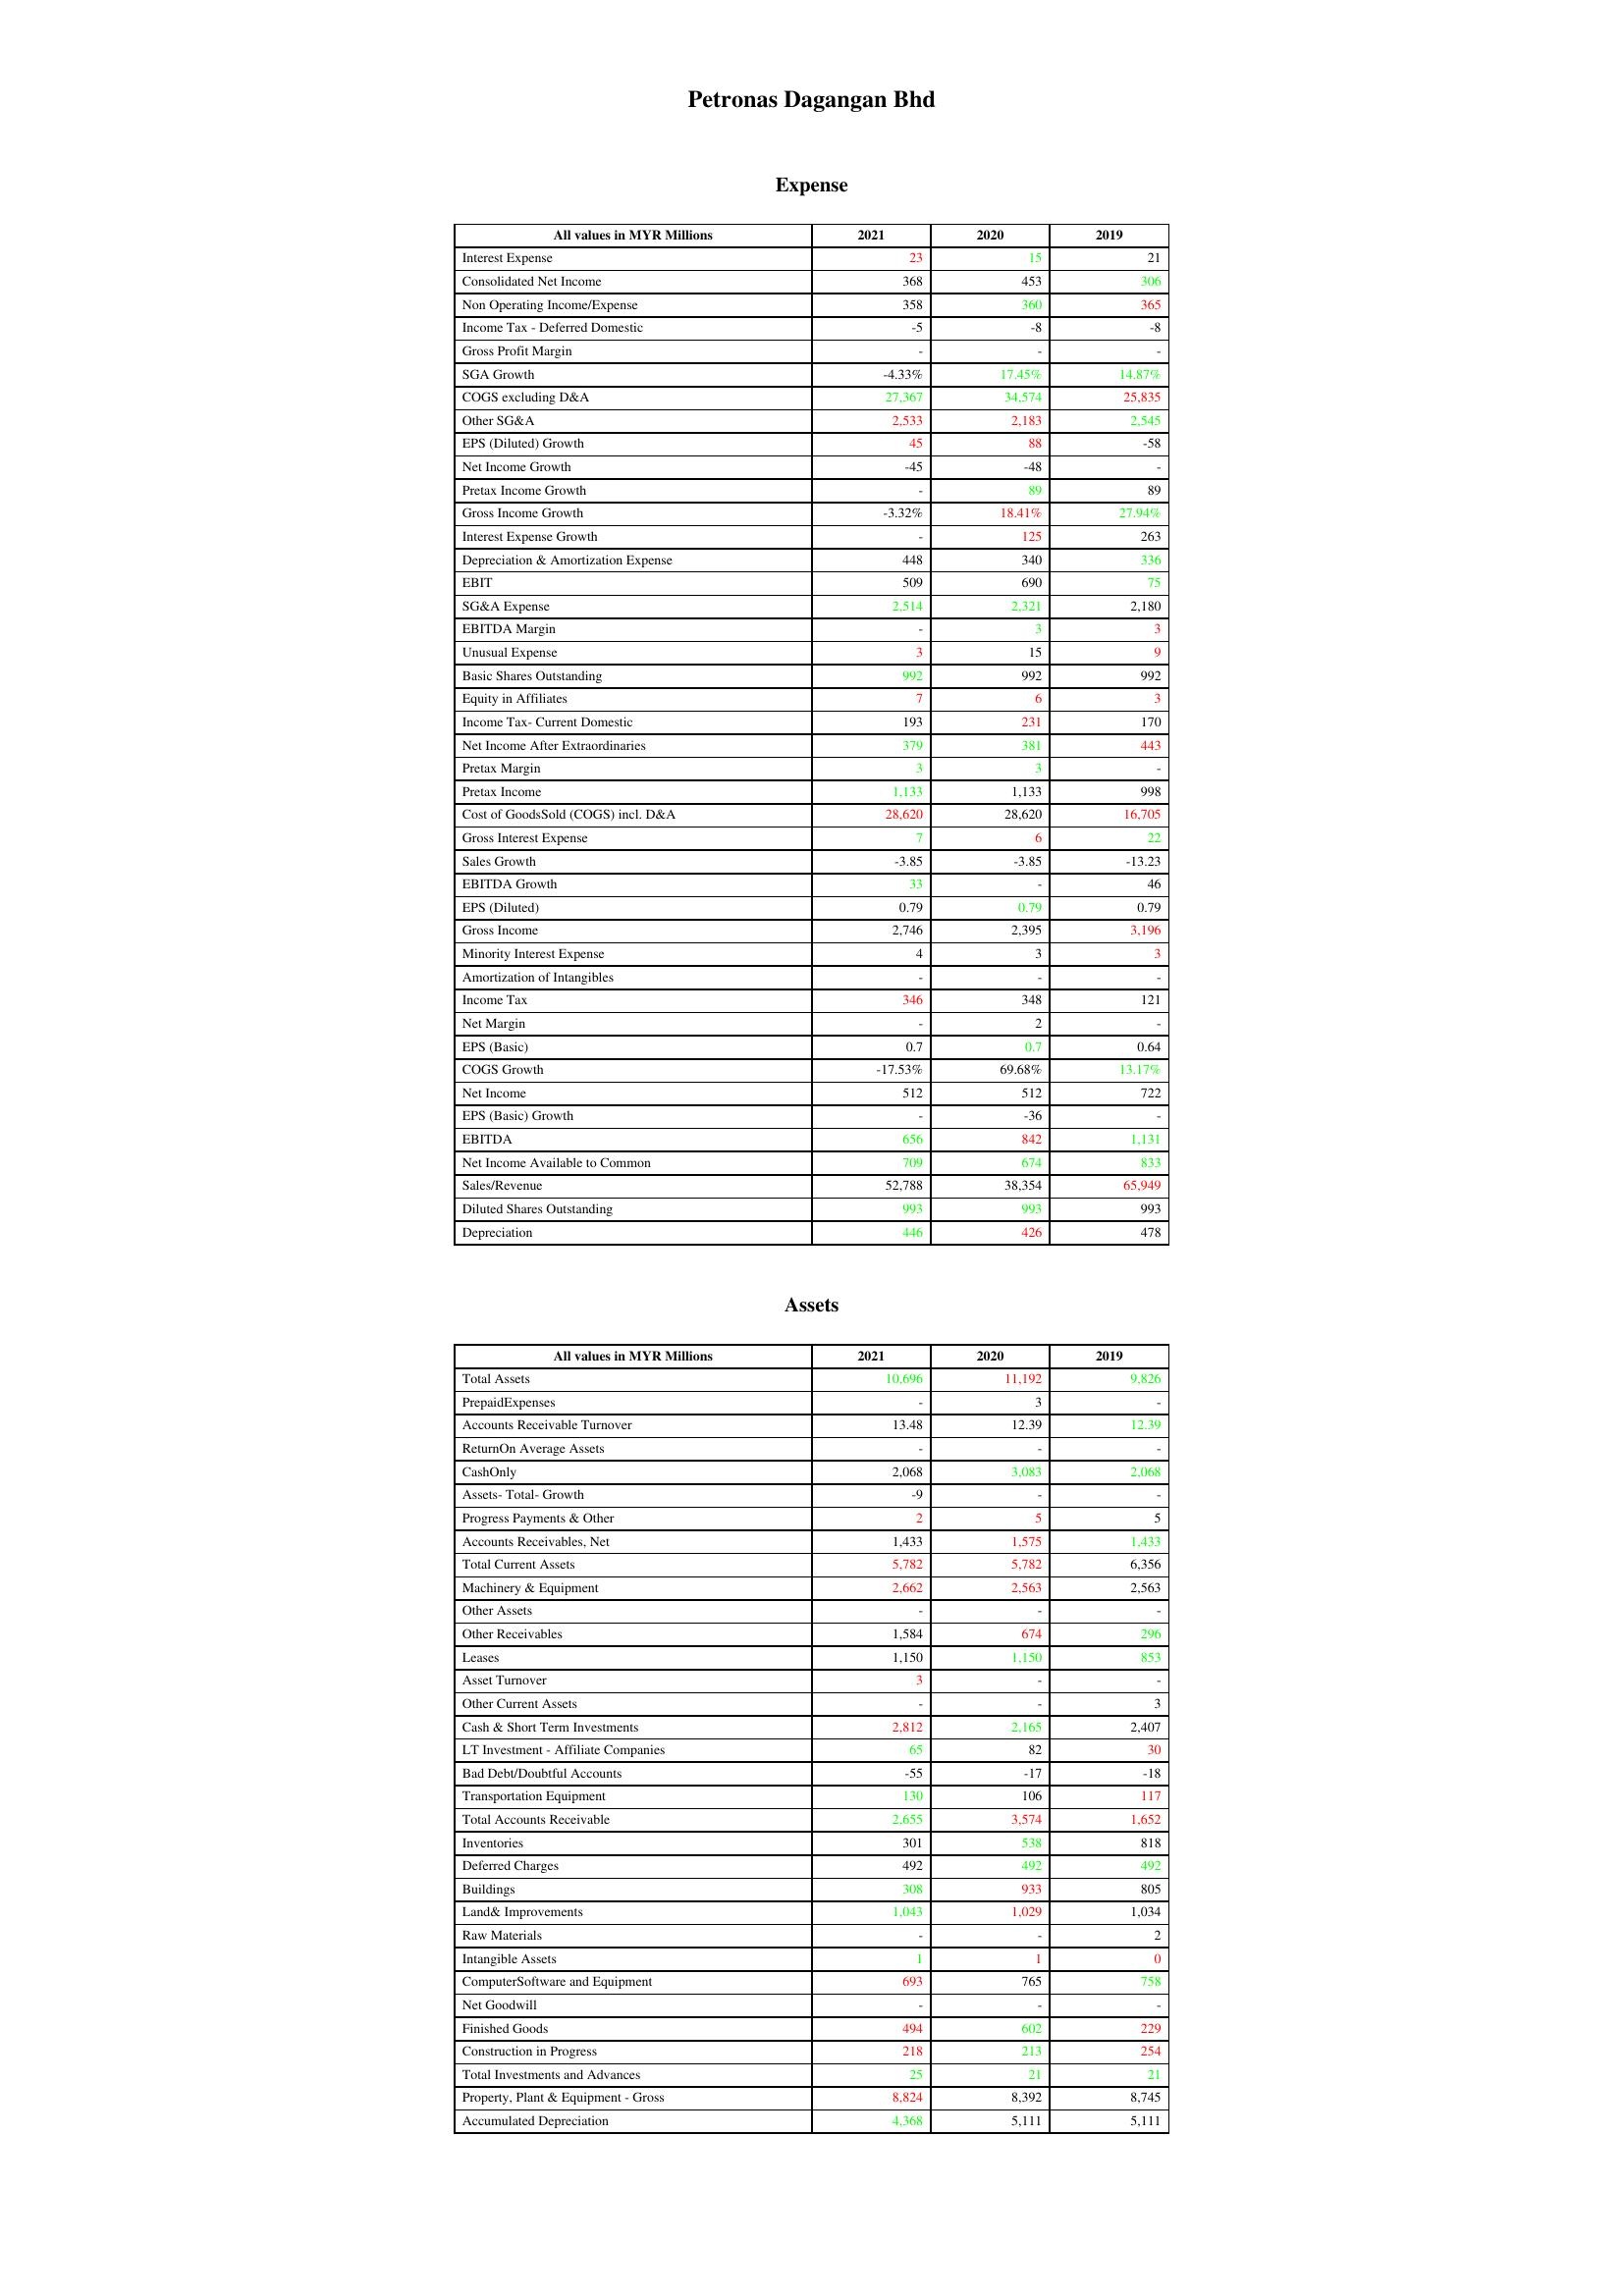
gt_parse: 2021: Expense: Interest Expense: 23
Consolidated Net Income: 368
Non Operating Income/Expense: 358
Income Tax - Deferred Domestic: -5
Gross Profit Margin: -
SGA Growth: -4.33%
COGS excluding D&A: 27,367
Other SG&A: 2,533
EPS (Diluted) Growth: 45
Net Income Growth: -45
Pretax Income Growth: -
Gross Income Growth: -3.32%
Interest Expense Growth: -
Depreciation & Amortization Expense: 448
EBIT: 509
SG&A Expense: 2,514
EBITDA Margin: -
Unusual Expense: 3
Basic Shares Outstanding: 992
Equity in Affiliates: 7
Income Tax- Current Domestic: 193
Net Income After Extraordinaries: 379
Pretax Margin: 3
Pretax Income: 1,133
Cost of GoodsSold (COGS) incl. D&A: 28,620
Gross Interest Expense: 7
Sales Growth: -3.85
EBITDA Growth: 33
EPS (Diluted): 0.79
Gross Income: 2,746
Minority Interest Expense: 4
Amortization of Intangibles: -
Income Tax: 346
Net Margin: -
EPS (Basic): 0.7
COGS Growth: -17.53%
Net Income: 512
EPS (Basic) Growth: -
EBITDA: 656
Net Income Available to Common: 709
Sales/Revenue: 52,788
Diluted Shares Outstanding: 993
Depreciation: 446
Assets: Total Assets: 10,696
PrepaidExpenses: -
Accounts Receivable Turnover: 13.48
ReturnOn Average Assets: -
CashOnly: 2,068
Assets- Total- Growth: -9
Progress Payments & Other: 2
Accounts Receivables, Net: 1,433
Total Current Assets: 5,782
Machinery & Equipment: 2,662
Other Assets: -
Other Receivables: 1,584
Leases: 1,150
Asset Turnover: 3
Other Current Assets: -
Cash & Short Term Investments: 2,812
LT Investment - Affiliate Companies: 65
Bad Debt/Doubtful Accounts: -55
Transportation Equipment: 130
Total Accounts Receivable: 2,655
Inventories: 301
Deferred Charges: 492
Buildings: 308
Land& Improvements: 1,043
Raw Materials: -
Intangible Assets: 1
ComputerSoftware and Equipment: 693
Net Goodwill: -
Finished Goods: 494
Construction in Progress: 218
Total Investments and Advances: 25
Property, Plant & Equipment - Gross : 8,824
Accumulated Depreciation: 4,368
2020: Expense: Interest Expense: 15
Consolidated Net Income: 453
Non Operating Income/Expense: 360
Income Tax - Deferred Domestic: -8
Gross Profit Margin: -
SGA Growth: 17.45%
COGS excluding D&A: 34,574
Other SG&A: 2,183
EPS (Diluted) Growth: 88
Net Income Growth: -48
Pretax Income Growth: 89
Gross Income Growth: 18.41%
Interest Expense Growth: 125
Depreciation & Amortization Expense: 340
EBIT: 690
SG&A Expense: 2,321
EBITDA Margin: 3
Unusual Expense: 15
Basic Shares Outstanding: 992
Equity in Affiliates: 6
Income Tax- Current Domestic: 231
Net Income After Extraordinaries: 381
Pretax Margin: 3
Pretax Income: 1,133
Cost of GoodsSold (COGS) incl. D&A: 28,620
Gross Interest Expense: 6
Sales Growth: -3.85
EBITDA Growth: -
EPS (Diluted): 0.79
Gross Income: 2,395
Minority Interest Expense: 3
Amortization of Intangibles: -
Income Tax: 348
Net Margin: 2
EPS (Basic): 0.7
COGS Growth: 69.68%
Net Income: 512
EPS (Basic) Growth: -36
EBITDA: 842
Net Income Available to Common: 674
Sales/Revenue: 38,354
Diluted Shares Outstanding: 993
Depreciation: 426
Assets: Total Assets: 11,192
PrepaidExpenses: 3
Accounts Receivable Turnover: 12.39
ReturnOn Average Assets: -
CashOnly: 3,083
Assets- Total- Growth: -
Progress Payments & Other: 5
Accounts Receivables, Net: 1,575
Total Current Assets: 5,782
Machinery & Equipment: 2,563
Other Assets: -
Other Receivables: 674
Leases: 1,150
Asset Turnover: -
Other Current Assets: -
Cash & Short Term Investments: 2,165
LT Investment - Affiliate Companies: 82
Bad Debt/Doubtful Accounts: -17
Transportation Equipment: 106
Total Accounts Receivable: 3,574
Inventories: 538
Deferred Charges: 492
Buildings: 933
Land& Improvements: 1,029
Raw Materials: -
Intangible Assets: 1
ComputerSoftware and Equipment: 765
Net Goodwill: -
Finished Goods: 602
Construction in Progress: 213
Total Investments and Advances: 21
Property, Plant & Equipment - Gross : 8,392
Accumulated Depreciation: 5,111
2019: Expense: Interest Expense: 21
Consolidated Net Income: 306
Non Operating Income/Expense: 365
Income Tax - Deferred Domestic: -8
Gross Profit Margin: -
SGA Growth: 14.87%
COGS excluding D&A: 25,835
Other SG&A: 2,545
EPS (Diluted) Growth: -58
Net Income Growth: -
Pretax Income Growth: 89
Gross Income Growth: 27.94%
Interest Expense Growth: 263
Depreciation & Amortization Expense: 336
EBIT: 75
SG&A Expense: 2,180
EBITDA Margin: 3
Unusual Expense: 9
Basic Shares Outstanding: 992
Equity in Affiliates: 3
Income Tax- Current Domestic: 170
Net Income After Extraordinaries: 443
Pretax Margin: -
Pretax Income: 998
Cost of GoodsSold (COGS) incl. D&A: 16,705
Gross Interest Expense: 22
Sales Growth: -13.23
EBITDA Growth: 46
EPS (Diluted): 0.79
Gross Income: 3,196
Minority Interest Expense: 3
Amortization of Intangibles: -
Income Tax: 121
Net Margin: -
EPS (Basic): 0.64
COGS Growth: 13.17%
Net Income: 722
EPS (Basic) Growth: -
EBITDA: 1,131
Net Income Available to Common: 833
Sales/Revenue: 65,949
Diluted Shares Outstanding: 993
Depreciation: 478
Assets: Total Assets: 9,826
PrepaidExpenses: -
Accounts Receivable Turnover: 12.39
ReturnOn Average Assets: -
CashOnly: 2,068
Assets- Total- Growth: -
Progress Payments & Other: 5
Accounts Receivables, Net: 1,433
Total Current Assets: 6,356
Machinery & Equipment: 2,563
Other Assets: -
Other Receivables: 296
Leases: 853
Asset Turnover: -
Other Current Assets: 3
Cash & Short Term Investments: 2,407
LT Investment - Affiliate Companies: 30
Bad Debt/Doubtful Accounts: -18
Transportation Equipment: 117
Total Accounts Receivable: 1,652
Inventories: 818
Deferred Charges: 492
Buildings: 805
Land& Improvements: 1,034
Raw Materials: 2
Intangible Assets: 0
ComputerSoftware and Equipment: 758
Net Goodwill: -
Finished Goods: 229
Construction in Progress: 254
Total Investments and Advances: 21
Property, Plant & Equipment - Gross : 8,745
Accumulated Depreciation: 5,111